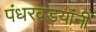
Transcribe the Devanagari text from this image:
पंधरवड्यांनीं